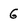
Character: G